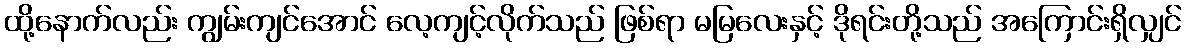
ထို့နောက်လည်း ကျွမ်းကျင်အောင် လေ့ကျင့်လိုက်သည် ဖြစ်ရာ မမြလေးနှင့် ဒိုရင်းတို့သည် အကြောင်းရှိလျှင်